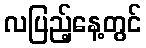
လပြည့်နေ့တွင်